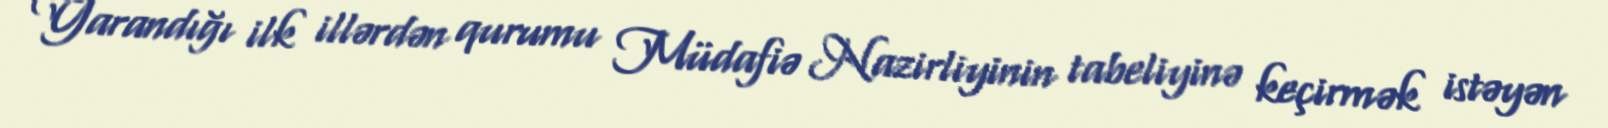
Yarandığı ilk illərdən qurumu Müdafiə Nazirliyinin tabeliyinə keçirmək istəyən